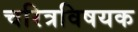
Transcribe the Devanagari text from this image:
चरित्रविषयक